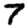
Digit: 7